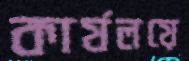
কার্যলয়ে